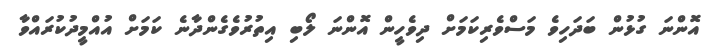
އޮންނަ ގުޅުން ބަދަހިވެ މަސްވެރިކަމަށް ދިވެހީން އޮންނަ ލޯބި އިތުރުވެގެންދާނެ ކަމަށް އުއްމީދުކުރައްވާ